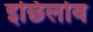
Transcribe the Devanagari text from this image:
इछिलोव